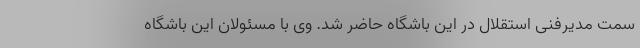
سمت مدیرفنی استقلال در این باشگاه حاضر شد. وی با مسئولان این باشگاه